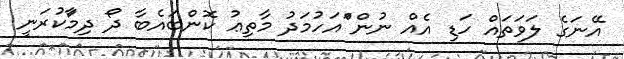
އޭނަގެ ލަވަތައް ހަޑި އެެއް ނުން ަަަަަަްްއަހުމަދު މާތިޢު ކޮންބައެބާ ދޯ ދިމަާކުރަނީ